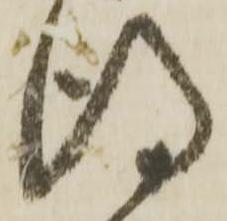
得